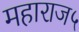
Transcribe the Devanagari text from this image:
महाराज५